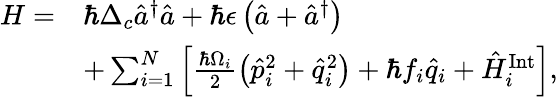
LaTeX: \begin{array}{rl}{H=}&{\hbar\Delta_{c}\hat{a}^{\dagger}\hat{a}+\hbar\epsilon\left(\hat{a}+\hat{a}^{\dagger}\right)}\\ &{+\sum_{i=1}^{N}\left[\frac{\hbar\Omega_{i}}{2}\left(\hat{p}_{i}^{2}+\hat{q}_{i}^{2}\right)+\hbar f_{i}\hat{q}_{i}+\hat{H}_{i}^{\mathrm{Int}}\right],}\end{array}